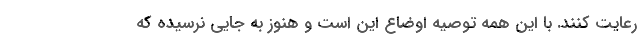
رعایت کنند. با این همه توصیه اوضاع این است و هنوز به جایی نرسیده که